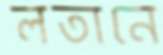
লতানে